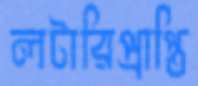
লটারিপ্রাপ্তি